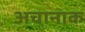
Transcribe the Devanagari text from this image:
अचानाक